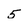
Character: 5